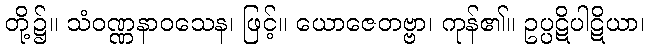
တို့၌။ သံဝဏ္ဏနာဝသေန၊ ဖြင့်။ ယောဇေတဗ္ဗာ၊ ကုန်၏။ ဥပ္ပဋိပါဋိယာ၊